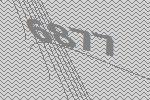
6877